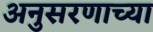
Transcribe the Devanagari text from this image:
अनुसरणाच्या